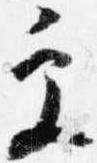
更